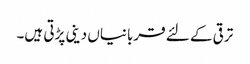
ترقی کے لئے قربانیاں دینی پڑتی ہیں۔